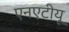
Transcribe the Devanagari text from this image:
एनएटीयू